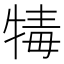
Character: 𤚚